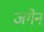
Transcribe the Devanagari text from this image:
जगेन